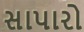
સાપારો